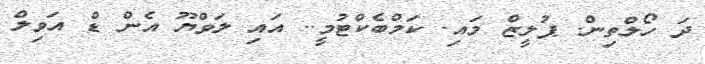
ދަ ހޯލްތިން. ޕުލީޒް މައި. ކަމްބެކްޓުމީ.. އައި ލަވްޔޫ އެން ޑް އަވިލް